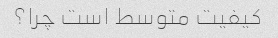
کیفیت متوسط است چرا؟